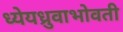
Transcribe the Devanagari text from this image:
ध्येयध्रुवाभोवती